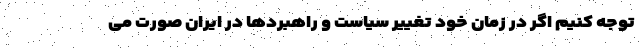
توجه کنیم اگر در زمان خود تغییر سیاست و راهبردها در ایران صورت می